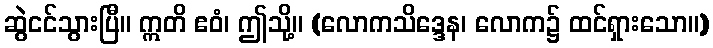
ဆွဲငင်သွားပြီ။ ဣတိ ဧဝံ၊ ဤသို့။ (လောကသိဒ္ဒေန၊ လောက၌ ထင်ရှားသော။)